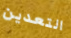
التعدين